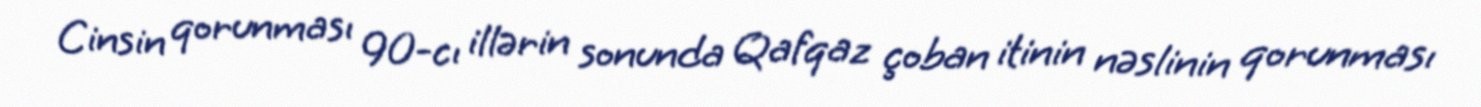
Cinsin qorunması 90-cı illərin sonunda Qafqaz çoban itinin nəslinin qorunması